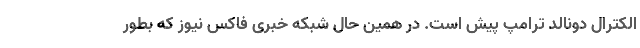
الکترال دونالد ترامپ پیش است. در همین حال شبکه خبری فاکس نیوز که بطور